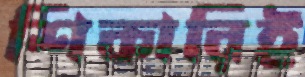
শিকারিই